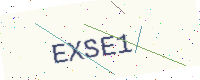
Text: EXSE1